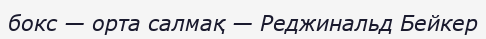
бокс — орта салмақ — Реджинальд Бейкер